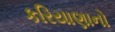
કરિયાણાનો